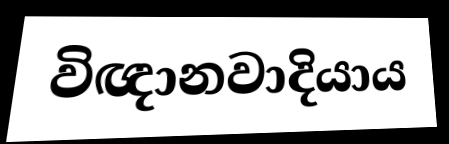
විඥානවාදියාය